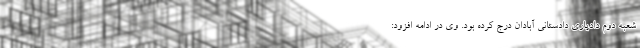
شعبه دوم دادیاری دادستانی آبادان درج کرده بود. وی در ادامه افزود: